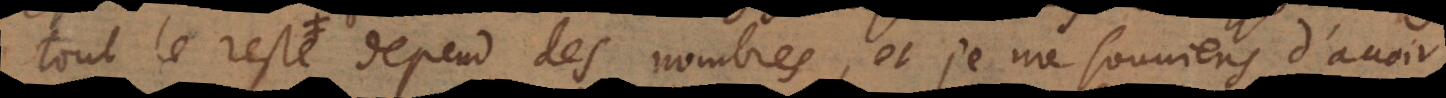
tout le reste depend des nombres, et je me souviens d’avoir